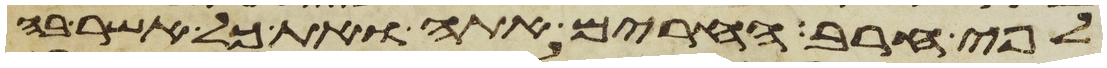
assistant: לפי חרב החרים אתה ואת כל אשר בה